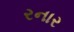
રનાર